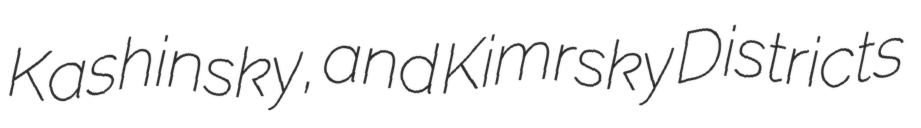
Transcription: Kashinsky, and Kimrsky Districts